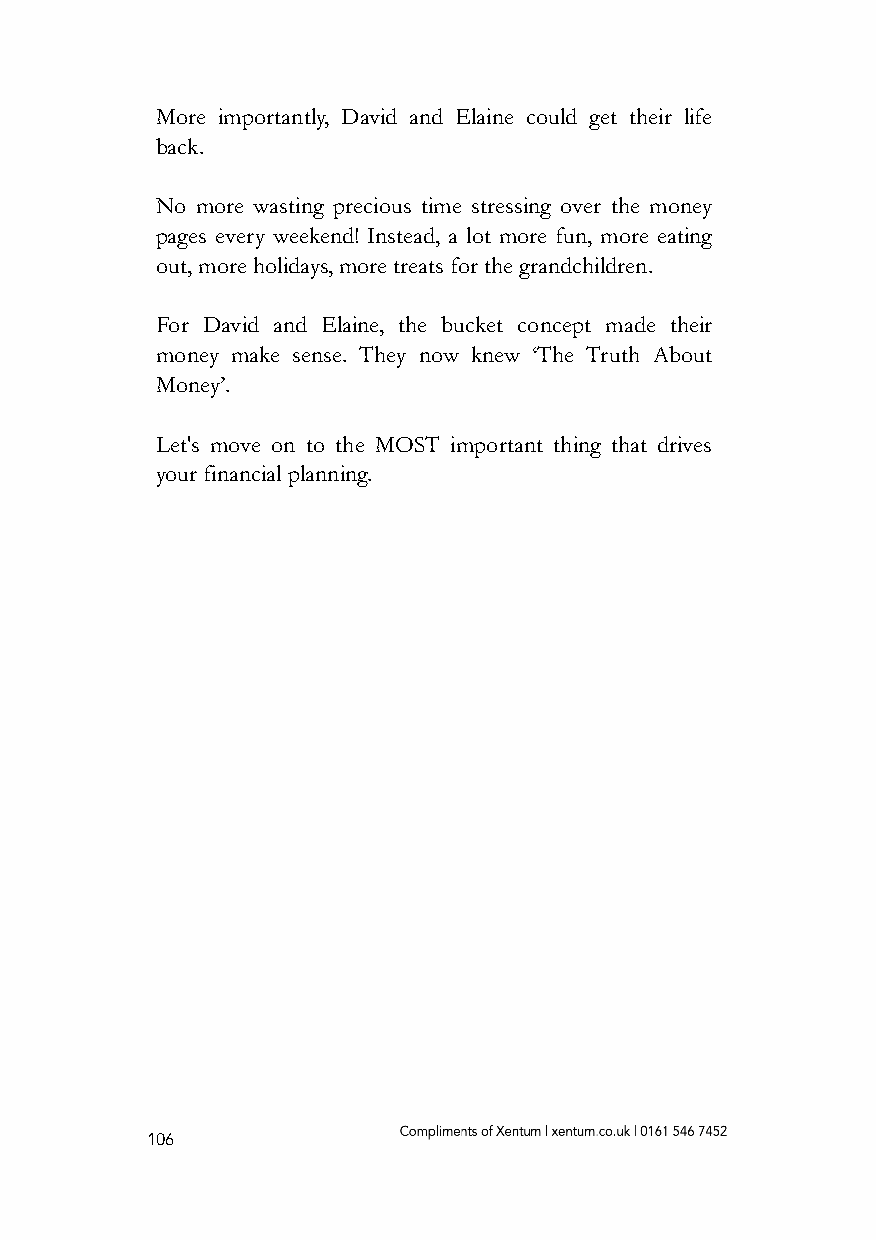
More importantly, David and Elaine could get their life
 back.
 No more wasting precious time stressing over the money
 pages every weekend! Instead, a lot more fun, more eating
 out, more holidays, more treats for the grandchildren.
 For David and Elaine, the bucket concept made their
 money make sense. They now knew ‘The Truth About
 Money’.
 Let's move on to the MOST important thing that drives
 your financial planning.
 106